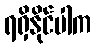
ရရှိနိုင်ပါက